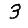
Digit: 3